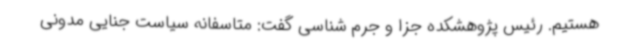
هستیم. رئیس پژوهشکده جزا و جرم شناسی گفت: متاسفانه سیاست جنایی مدونی